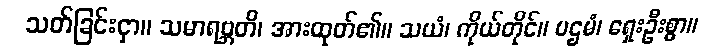
သတ်ခြင်းငှာ။ သမာရဗ္ဘတိ၊ အားထုတ်၏။ သယံ၊ ကိုယ်တိုင်။ ပဌမံ၊ ရှေးဦးစွာ။